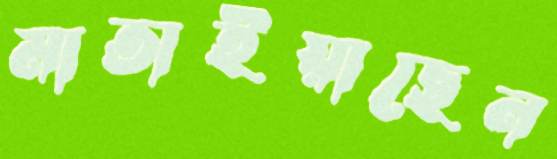
মাতাইয়াছেন